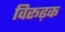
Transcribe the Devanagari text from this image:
विरूढ़क